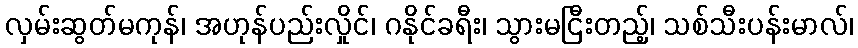
လှမ်းဆွတ်မကုန်၊ အဟုန်ပည်းလှိုင်၊ ဂနိုင်ခရီး၊ သွားမငြီးတည့်၊ သစ်သီးပန်းမာလ်၊